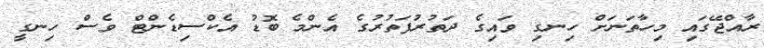
ރާއްޖޭގައި މިހާތަނަށް ހިނގި ވައިގެ ދަތުރުފަތުރުގެ އެންމެ ބޮޑު އެކްސިޑެންޓް ވެސް ހިނގީ